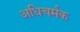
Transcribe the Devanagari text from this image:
अधिचर्मक